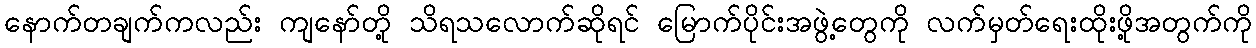
နောက်တချက်ကလည်း ကျနော်တို့ သိရသလောက်ဆိုရင် မြောက်ပိုင်းအဖွဲ့တွေကို လက်မှတ်ရေးထိုးဖို့အတွက်ကို